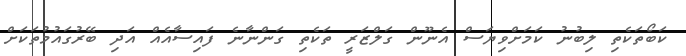
ކަބޯތަކެތި ލިބުނު ކަމަށްވިޔަސް އެނޫން ގަލްޒަރީ ތަކެތި ގަންނާނެ ފައިސާއެއް އަދި ބޭރުގައުމުތަކަށް